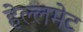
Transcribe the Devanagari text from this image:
हेल्लमेट